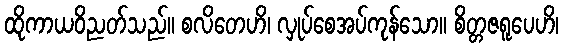
ထိုကာယဝိညတ်သည်။ စလိတေဟိ၊ လှုပ်စေအပ်ကုန်သော။ စိတ္တဇရူပေဟိ၊